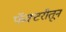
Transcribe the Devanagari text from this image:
फॅक्टरीतून